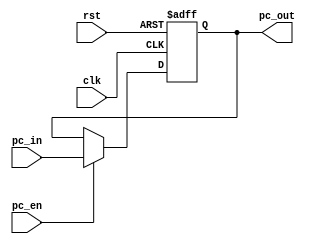
`timescale 1ns / 1ps
//////////////////////////////////////////////////////////////////////////////////
// Company: 
// Engineer: 
// 
// Design Name: 
// Module Name: PC
// Project Name: 
// Target Devices: 
// Tool Versions: 
// Description: 
// 
// Dependencies: 
// 
// Revision:
// Revision 0.01 - File Created
// Additional Comments:
// 
//////////////////////////////////////////////////////////////////////////////////


module PC(
    input clk,
    input rst,
    input [31:0] pc_in,
    output [31:0] pc_out,
    
    input pc_en
    );
    
    reg [31:0] pc_reg;
    initial pc_reg=32'h00000000;
    
    always@(posedge clk or posedge rst)begin
       if(rst) pc_reg<=32'h00000000;
       else begin
          if(pc_en) pc_reg<=pc_in;
          else pc_reg<=pc_reg;
       end
    end
    
    assign pc_out=pc_reg;
    
endmodule